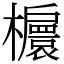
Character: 𣟴